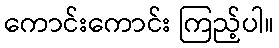
ကောင်းကောင်း ကြည့်ပါ။